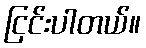
ငြင်းပါတယ်။